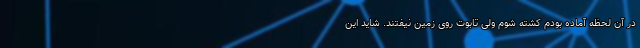
در آن لحظه آماده بودم کشته شوم ولی تابوت روی زمین نیفتند. شاید این